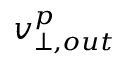
v _ { \perp , o u t } ^ { p }